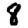
Digit: 8